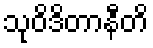
သုဝိဒိတာနီတိ